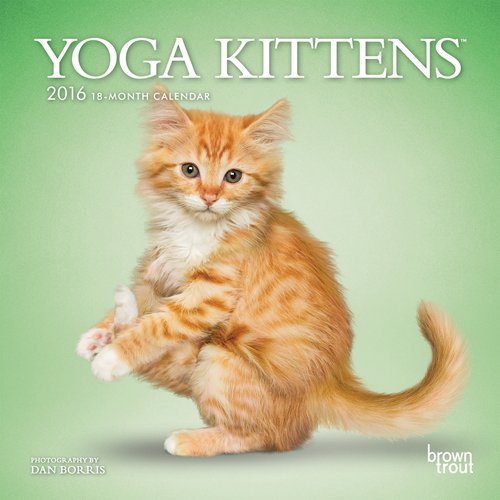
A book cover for Yoga Kittens 2016 Mini 7x7 (Multilingual Edition); Browntrout Publishers; Calendars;